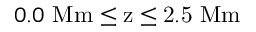
0 . 0 \ \mathrm { M m \leq z \leq 2 . 5 \ \mathrm { M m } }